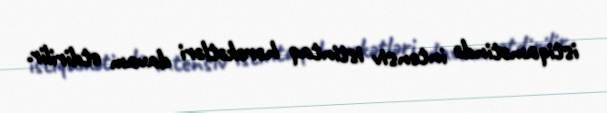
istiqamətində intensiv istintaq hərəkətləri davam etdirilir.